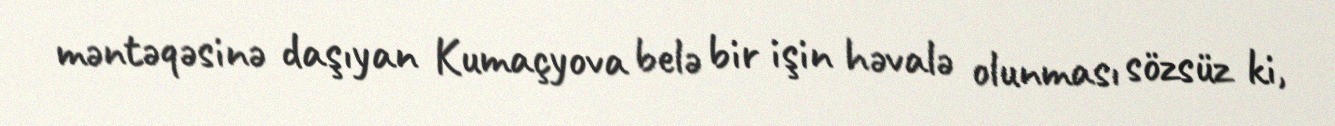
məntəqəsinə daşıyan Kumaçyova belə bir işin həvalə olunması sözsüz ki,